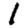
Digit: 1